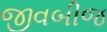
જીવબીજ